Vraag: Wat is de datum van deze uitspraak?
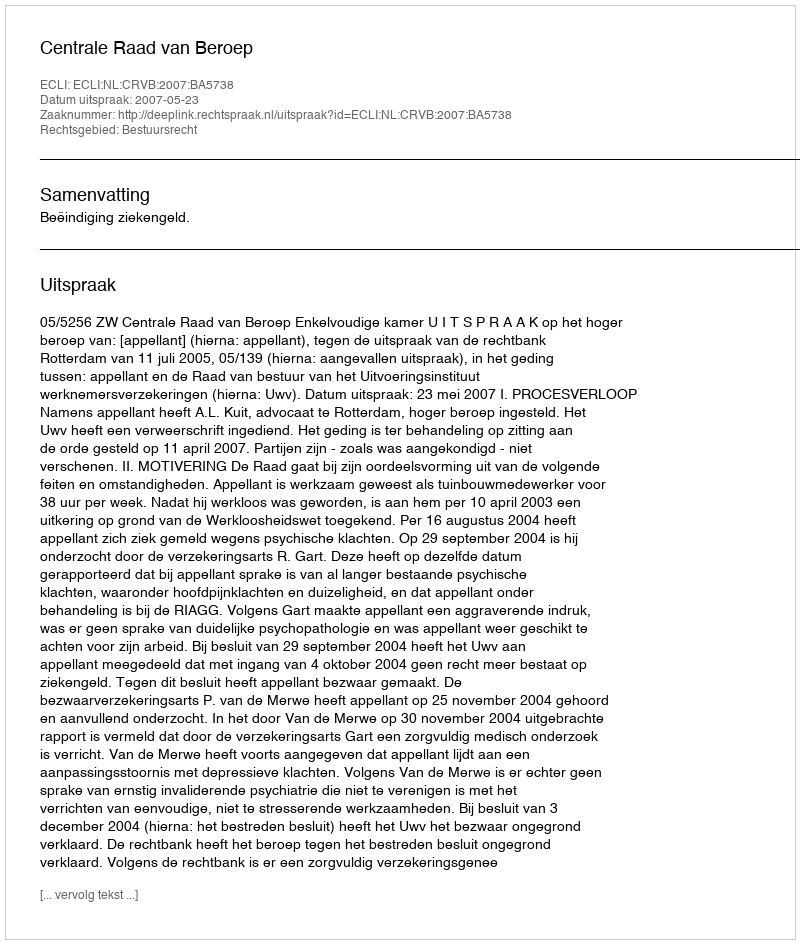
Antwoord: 2007-05-23